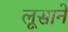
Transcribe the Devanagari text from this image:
लूसाने